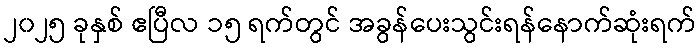
၂၀၂၅ ခုနှစ် ဧပြီလ ၁၅ ရက်တွင် အခွန်ပေးသွင်းရန်နောက်ဆုံးရက်